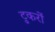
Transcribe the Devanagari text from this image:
टुकरों